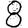
Digit: 8